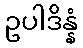
ဥပါဒိန္နံ